Report on vaccination in Madras 1895-1903 - 1895-1903
Year: 1895
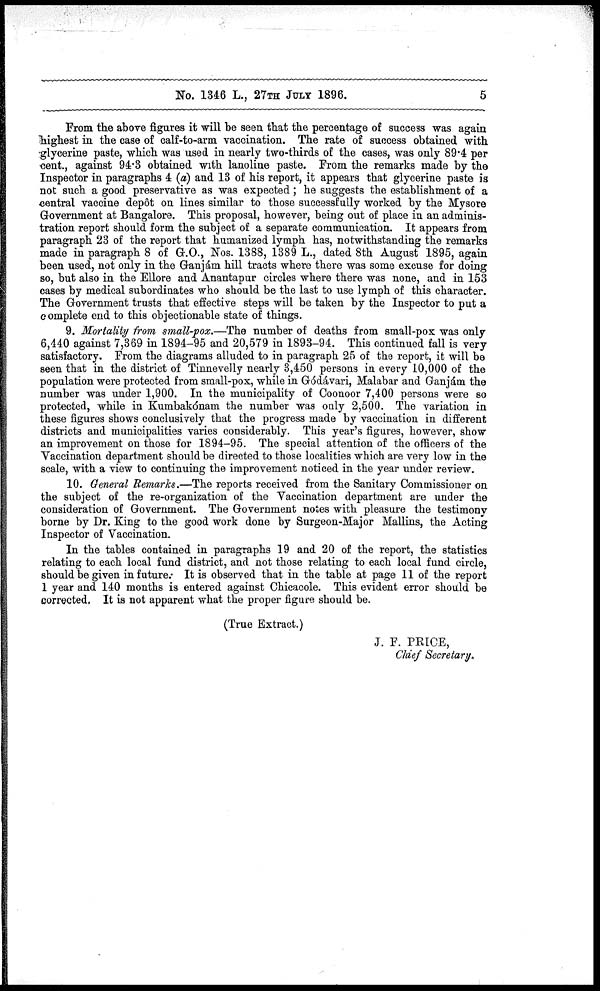
No. 1346 L., 27TH JULY 1896.
5
From the above figures it will be seen that the percentage of success was again
highest in the case of calf-to-arm. vaccination. The rate of success obtained with
glycerine paste, which was used in nearly two-thirds of the cases, was only 89.4 per
cent., against 94.3 obtained with lanoline paste. From the remarks made by the
Inspector in paragraphs 4 (a) and 13 of his report, it appears that glycerine paste is
not such a good preservative as was expected; he suggests the establishment of a
central vaccine depôt on lines similar to those successfully worked by the Mysore
Government at Bangalore. This proposal, however, being out of place in an adminis-
tration report should form the subject of a separate communication. It appears from
paragraph 23 of the report that humanized lymph has, notwithstanding the remarks
made in paragraph 8 of G.O., Nos. 1388, 1389 L., dated 8th August 1895, again
been used, not only in the Ganjám hill tracts where there was some excuse for doing
so, but also in the Ellore and Anantapur circles where there was none, and in 153
cases by medical subordinates who should be the last to use lymph of this character.
The Government trusts that effective steps will be taken by the Inspector to put a
complete end to this objectionable state of things.
9. Mortality from small-pox.—The number of deaths from small-pox was only
6,440 against 7,369 in 1894-95 and 20,579 in 1893-94. This continued fall is very
satisfactory. From the diagrams alluded to in paragraph 25 of the report, it will be
seen that in the district of Tinnevelly nearly 3,450 persons in every 10,000 of the
population were protected from small-pox, while in Gódávari, Malabar and Ganjám the
number was under 1,900. In the municipality of Coonoor 7,400 persons were so
protected, while in Kumbakónam the number was only 2,500. The variation in
these figures shows conclusively that the progress made by vaccination in different
districts and municipalities varies considerably. This year's figures, however, show
an improvement on those for 1894-95. The special attention of the officers of the
Vaccination department should be directed to those localities which are very low in the
scale, with a view to continuing the improvement noticed in the year under review.
10. General Remarks.—The reports received from the Sanitary Commissioner on
the subject of the re-organization of the Vaccination department are under the
consideration of Government. The Government notes with pleasure the testimony
borne by Dr. King to the good work done by Surgeon-Major Mallins, the Acting
Inspector of Vaccination.
In the tables contained in paragraphs 19 and 20 of the report, the statistics
relating to each local fund district, and not those relating to each local fund circle,
should be given in future. It is observed that in the table at page 11 of the report
1 year and 140 months is entered against Chicacole. This evident error should be
corrected. It is not apparent what the proper figure should be.
(True Extract.)
J. F. PRICE,
Chief Secretary.